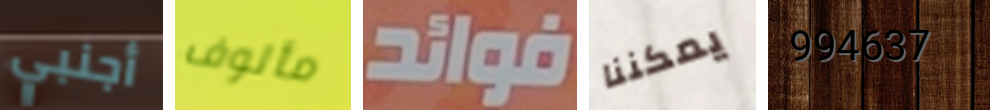
أجنبي مألوف فوائد يمكننا 994637